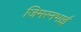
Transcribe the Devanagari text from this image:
जिमरनभाई